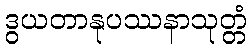
ဒွယတာနုပဿနာသုတ္တံ